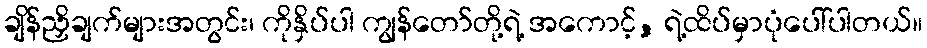
ချိန်ညှိချက်များအတွင်း၊ ကိုနှိပ်ပါ ကျွန်တော်တို့ရဲ့ အကောင့်, ရဲ့ထိပ်မှာပုံပေါ်ပါတယ်။